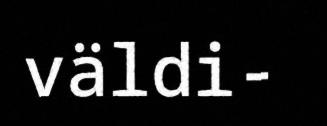
väldi-